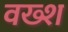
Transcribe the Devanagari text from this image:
वख्श